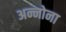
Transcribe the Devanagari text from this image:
अन्नोना